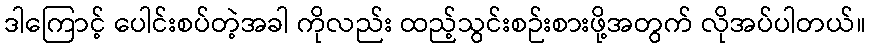
ဒါကြောင့် ပေါင်းစပ်တဲ့အခါ ကိုလည်း ထည့်သွင်းစဉ်းစားဖို့အတွက် လိုအပ်ပါတယ်။